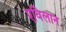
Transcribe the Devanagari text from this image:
एविलान